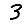
Digit: 3